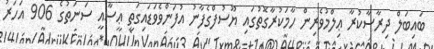
ބައިބަލް ދިރާސާކުރާ ޢިލްމުވެރިން ހާމަކުރާގޮތުގައި ޔޫސުފްގެފާނު އުފަންވެވަޑައިގަތީ ޢީސާއީ ސަނަތުގެ 906 އަހަރު